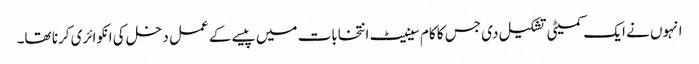
انہوں نے ایک کمیٹی تشکیل دی جس کا کام سینیٹ انتخابات میں پیسے کے عمل دخل کی انکوائری کرنا تھا۔